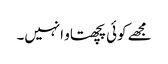
مجھے کوئی پچھتاو انہیں۔